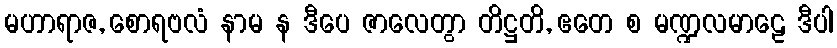
မဟာရာဇ, စောရဗလံ နာမ န ဒီပေ ဇာလေတွာ တိဋ္ဌတိ, ဧတေ စ မဏ္ဍလမာဠေ ဒီပါ